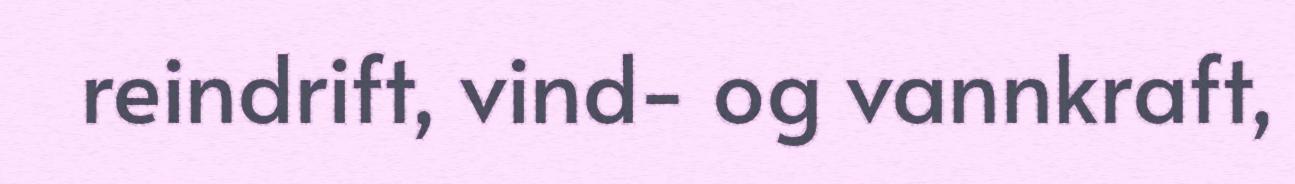
reindrift, vind- og vannkraft,